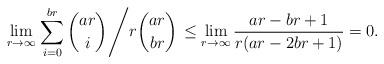
LaTeX: \begin{align*}\lim\limits_{r\rightarrow\infty}\left.\sum\limits_{i=0}^{br}\dbinom{ar}{i}\middle/r\dbinom{ar}{br}\right.\leq\lim\limits_{r\rightarrow\infty}\dfrac{ar-br+1}{r(ar-2br+1)}=0.\end{align*}